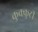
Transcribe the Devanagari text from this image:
कुक्कुटी